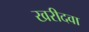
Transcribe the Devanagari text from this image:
खरीदवा